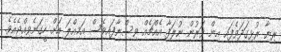
ރިޔާ ރުޅިގަދަވެފައި އިން ވަރުން ނުލަފާ އެއްޗެއް ވިސްނާފައިވެސް އަމިއްލަ އަށް ހީގަނެވިއްޖެއެވެ.